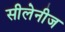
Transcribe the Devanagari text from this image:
सीलेनीज